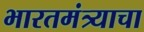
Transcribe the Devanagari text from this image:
भारतमंत्र्याचा